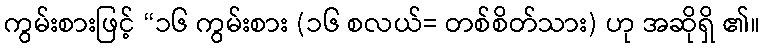
ကွမ်းစားဖြင့် “၁၆ ကွမ်းစား (၁၆ စလယ်= တစ်စိတ်သား) ဟု အဆိုရှိ ၏။